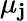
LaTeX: \mu_{\mathbf{j}}